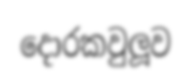
දොරකවුලූව